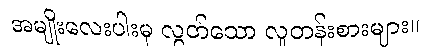
အမျိုးလေးပါးမှ လွတ်သော လူတန်းစားများ။